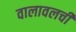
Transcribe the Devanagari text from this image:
वालावलची